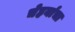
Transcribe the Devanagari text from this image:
चेहर्याचा